Report of the Indian Hemp Drugs Commission, 1894-1895 - Volume VI
Year: 1894
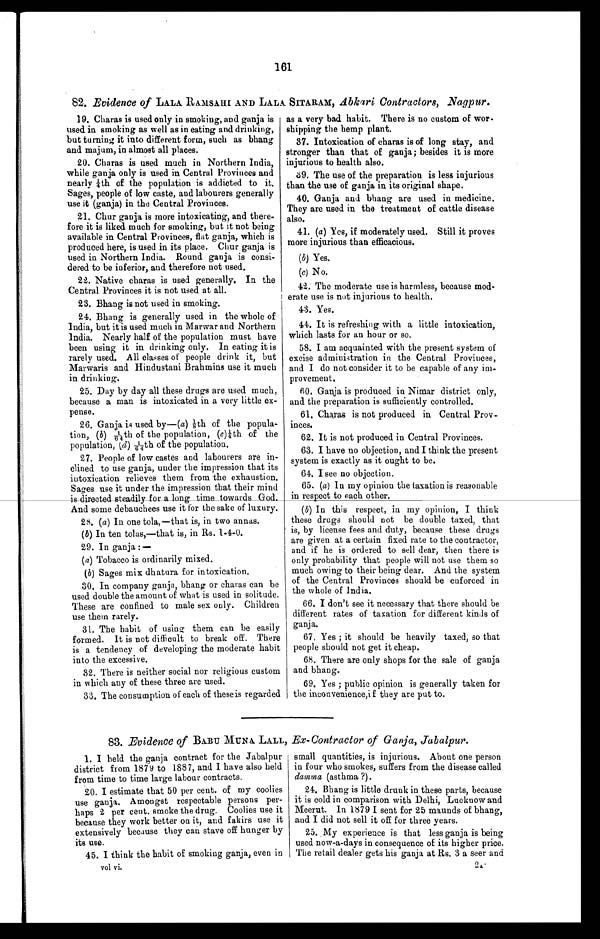
161
82. Evidence of LALA RAMSAHI AND LALA SITARAM, Abkari Contractors, Nagpur.
19. Charas is used only in smoking, and ganja is
used in smoking as well as in eating and drinking,
but turning it into different form, such as bhang
and majum, in almost all places.
20. Charas is used much in Northern India,
while ganja only is used in Central Provinces and
nearly ¼th of the population is addicted to it.
Sages, people of low caste, and labourers generally
use it (ganja) in the Central Provinces.
21. Chur ganja is more intoxicating, and there-
fore it is liked much for smoking, but it not being
available in Central Provinces, flat ganja, which is
produced here, is used in its place, Chur ganja is
used in Northern India. Round ganja is consi--
dered to be inferior, and therefore not used.
22. Native charas is used generally. In the
Central Provinces it is not used at all.
23. Bhang is not used in smoking.
24. Bhang is generally used in the whole of
India, but it is used much in Marwar and Northern
India. Nearly half of the population must have
been using it in drinking only. In eating it is
rarely used. All classes of people drink it, but
Marwaris and Hindustani Brahmins use it much
in drinking.
25. Day by day all these drugs are used much,
because a man is intoxicated in a very little ex--
pense.
26. Ganja is used by—(a) ⅛th of the popula--
tion, (b) 1/64th of the population, (c)¼th of the
population, (d) 1/64th of the population.
27. People of low castes and labourers are in-
clined to use ganja, under the impression that its
intoxication relieves them from the exhaustion.
Sages use it under the impression that their mind
is direct ed steadily for a long time towards God.
And some debauchees use it for the sake of luxury.
28. (a) In one tola,—that is, in two annas.
(b) In ten tolas,—that is, in Rs. 1-4-0.
29. In ganja : -
(a) Tobacco is ordinarily mixed.
(b) Sages mix dhatura for intoxication.
30. In company ganja, bhang or charas can be
used double the amount of what is used in solitude.
These are confined to male sex only. Children
use them rarely.
31. The habit of using them can be easily
formed. It is not difficult to break off. There
is a tendency of developing the moderate habit
into the excessive.
32. There is neither social nor religious custom
in which any of these three are used.
33. The consumption of each of these is regarded
as a very bad habit. There is no custom of wor--
shipping the hemp plant.
37. Intoxication of charas is of long stay, and
stronger than that of ganja; besides it is more
injurious to health also.
39. The use of the preparation is less injurious
than the use of ganja in its original shape.
40. Ganja and bhang are used in medicine.
They are used in the treatment of cattle disease
also.
41. (a) Yes, if moderately used. Still it proves
more injurious than efficacious.
(b) Yes.
(c) No.
42. The moderate use is harmless, because mod-
erate use is not injurious to health.
43. Yes.
44. It is refreshing with a little intoxication,
which lasts for an hour or so.
58. I am acquainted with the present system of
excise administration in the Central Provinces,
and I do not consider it to be capable of any im--
provement.
60. Ganja is produced in Nimar district only,
and the preparation is sufficiently controlled.
61. Charas is not produced in Central Prov-
inces.
62. It is not produced in Central Provinces.
63. I have no objection, and I think the present
system is exactly as it ought to be.
64. I see no objection.
65. (a) In my opinion the taxation is reasonable
in respect to each other.
(b) In this respect, in my opinion, I think
these drugs should not be double taxed, that
is, by license fees and duty, because these drugs
are given at a certain fixed rate to the contractor,
and if he is ordered to sell dear, then there is
only probability that people will not use them so
much owing to their being dear. And the system
of the Central Provinces should be enforced in
the whole of India.
66. I don't see it necessary that there should be
different rates of taxation for different kinds of
ganja.
67. Yes ; it should be heavily taxed, so that
people should not get it cheap.
68. There are only shops for the sale of ganja
and bhang.
69. Yes ; public opinion is generally taken for
the inconvenience, if they are put to.
83. Evidence of BABU MUNA LALL, Ex-Contractor of Ganja, Jabalpur.
1. I held the ganja contract for the Jabalpur
district from 1879 to 1887, and I have also held
from time to time large labour contracts.
20. I estimate that 50 per cent. of my coolies
use ganja. Amongst respectable persons per-
haps 2 per cent. smoke the drug. Coolies use it
because they work better on it, and fakirs use it
extensively because they can stave off hunger by
its use.
45. I think the habit of smoking ganja, even in
small quantities, is injurious. About one person
in four who smokes, suffers from the disease called
damma (asthma ?).
24. Bhang is little drunk in these parts, because
it is cold in comparison with Delhi, Lucknow and
Meerut. In 1879 I sent for 25 maunds of bhang,
and I did not sell it off for three years.
25. My experience is that less ganja is being
used now-a-days in consequence of its higher price.
The retail dealer gets his ganja at Rs. 3 a seer and